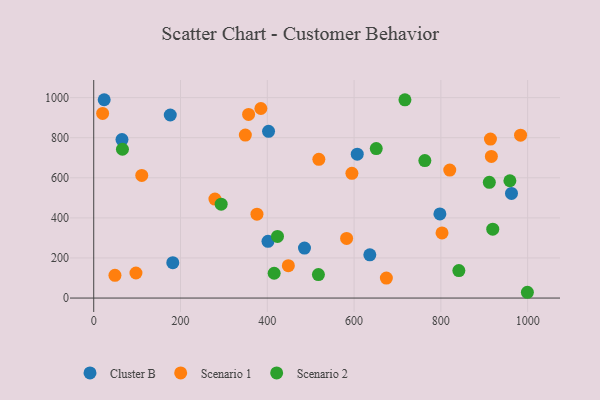
{"axis": {"x": "Ad Spend", "y": "Rating"}, "legend": ["Cluster B", "Scenario 1", "Scenario 2"], "data": [{"x": "797.8", "y": 419.8, "type": "Cluster B"}, {"x": "182.2", "y": 176.7, "type": "Cluster B"}, {"x": "401.6", "y": 282.8, "type": "Cluster B"}, {"x": "607.3", "y": 718.0, "type": "Cluster B"}, {"x": "485.7", "y": 249.5, "type": "Cluster B"}, {"x": "962.8", "y": 522.1, "type": "Cluster B"}, {"x": "176.4", "y": 913.4, "type": "Cluster B"}, {"x": "402.9", "y": 831.6, "type": "Cluster B"}, {"x": "65.1", "y": 790.5, "type": "Cluster B"}, {"x": "636.3", "y": 215.8, "type": "Cluster B"}, {"x": "24.1", "y": 989.5, "type": "Cluster B"}, {"x": "385.2", "y": 945.7, "type": "Scenario 1"}, {"x": "20.5", "y": 921.1, "type": "Scenario 1"}, {"x": "820.5", "y": 638.5, "type": "Scenario 1"}, {"x": "356.9", "y": 916.4, "type": "Scenario 1"}, {"x": "48.9", "y": 113.6, "type": "Scenario 1"}, {"x": "674.4", "y": 99.6, "type": "Scenario 1"}, {"x": "595.0", "y": 622.4, "type": "Scenario 1"}, {"x": "376.2", "y": 418.5, "type": "Scenario 1"}, {"x": "518.8", "y": 692.1, "type": "Scenario 1"}, {"x": "916.4", "y": 706.6, "type": "Scenario 1"}, {"x": "914.3", "y": 793.4, "type": "Scenario 1"}, {"x": "349.4", "y": 812.9, "type": "Scenario 1"}, {"x": "983.7", "y": 812.4, "type": "Scenario 1"}, {"x": "802.7", "y": 325.1, "type": "Scenario 1"}, {"x": "448.5", "y": 161.6, "type": "Scenario 1"}, {"x": "279.3", "y": 493.7, "type": "Scenario 1"}, {"x": "97.3", "y": 125.0, "type": "Scenario 1"}, {"x": "110.7", "y": 611.8, "type": "Scenario 1"}, {"x": "582.8", "y": 297.6, "type": "Scenario 1"}, {"x": "415.8", "y": 123.8, "type": "Scenario 2"}, {"x": "651.1", "y": 745.8, "type": "Scenario 2"}, {"x": "911.7", "y": 577.3, "type": "Scenario 2"}, {"x": "293.7", "y": 468.6, "type": "Scenario 2"}, {"x": "66.2", "y": 742.4, "type": "Scenario 2"}, {"x": "999.4", "y": 28.8, "type": "Scenario 2"}, {"x": "763.1", "y": 685.9, "type": "Scenario 2"}, {"x": "517.8", "y": 116.9, "type": "Scenario 2"}, {"x": "717.2", "y": 989.1, "type": "Scenario 2"}, {"x": "959.1", "y": 585.2, "type": "Scenario 2"}, {"x": "841.5", "y": 137.1, "type": "Scenario 2"}, {"x": "919.6", "y": 343.7, "type": "Scenario 2"}, {"x": "423.5", "y": 307.7, "type": "Scenario 2"}]}